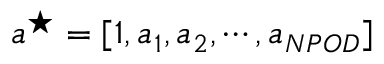
a ^ { \star } = [ 1 , a _ { 1 } , a _ { 2 } , \cdots , a _ { N P O D } ]